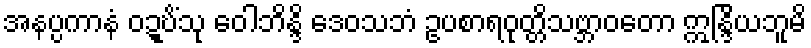
အနပ္ပကာနံ ဝဍ္ဎိံသု ဝေါဘိန္ဒိ ဒေဝသဘံ ဥပစာရဝုတ္တိသဗ္ဘာဝတော ဣန္ဒြိယဘူမိ